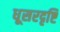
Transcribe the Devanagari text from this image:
धूसरदृष्टि